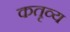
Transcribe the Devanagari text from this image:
कतृव्य